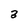
Character: 2